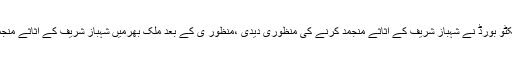
تفصیلات کے مطابق نیب ایگزیکٹو بورڈ نے شہباز شریف کے اثاثے منجمد کرنے کی منظوری دیدی ،منظور ی کے بعد ملک بھرمیں شہباز شریف کے اثاثے منجمد کرنے کا عمل شروع ہو گیا ۔